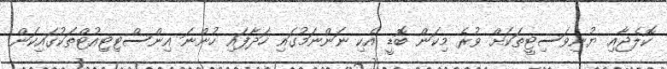
ކޮލެޖާއި ޔުނިވަސިޓީތަކަށް ވުރެ މިކަން ބޮޑީ އެކި ނަންނަމުގައި ހަދާފައި ހުންނަ އިންސްޓިޓިއުޓްތަކުގައިކަން